Vana-Antsla_vallavalitsus, lk 65
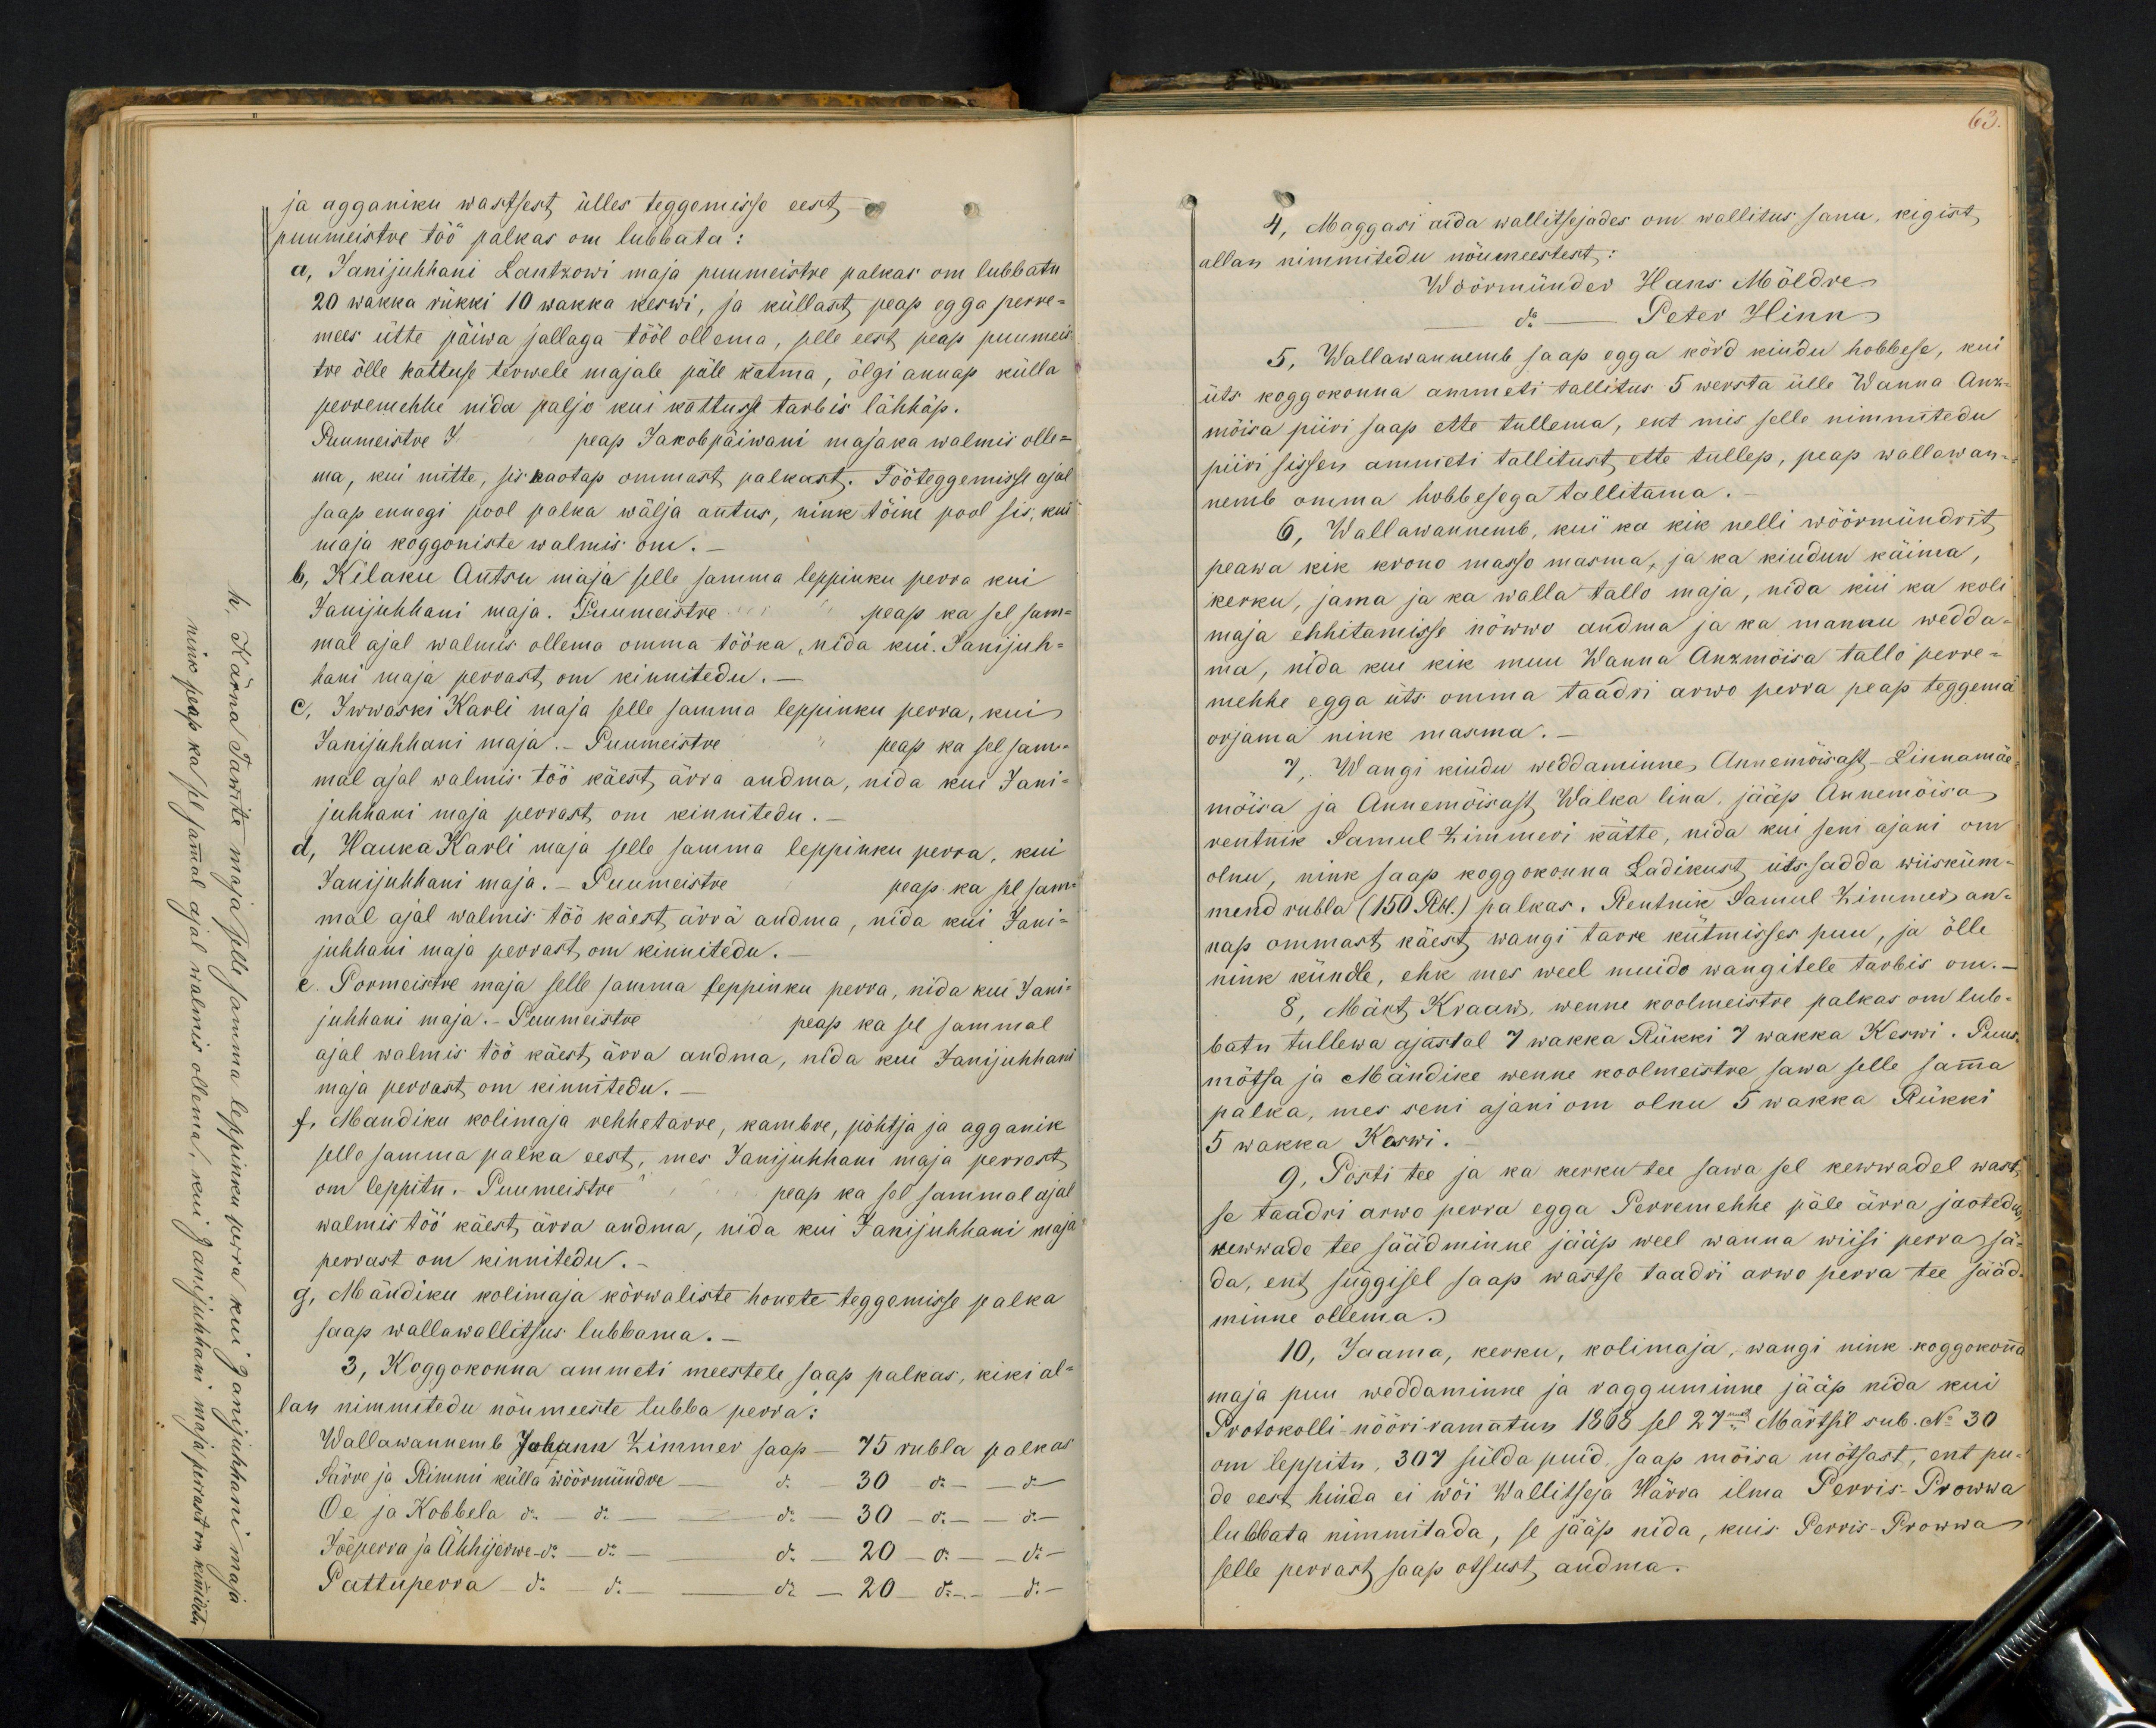
63

ja agganiku wastsest ülles teggemisse eest
puumeistre töö palkas om lubbata:
a, Janijuhhani Lantzowi maja puumeistre palkas om lubbatu
20 wakka rükki 10 wakka keswi, ja küllast, peap egga perre-
mees ütte päiwa jallaga tööl ollema, selle eest peap puumeis-
tre õlle kattuse terwele majale päle katma, õlgi annap külla
perremehhe nida paljo kui kattusse tarbis lähhäp.
Puumeistre J. peap Jakobpäiwani majaka walmis olle-
ma, kui mitte, sis kaotap ommast palkast. Tööteggemisse ajal
saap ennegi pool palka wälja antus, nink töine pool sis, kui
maja koggoniste walmis om.
b, Kilaku Antsu maja selle samma leppinku perra kui
Janijuhhani maja. Puumeistre peap ka sel sam-
mal ajal walmis ollema omma tööka, nida kui. Janijuh-
hani maja perrast om kinnitedu. -
C. Iwwaski Karli maja selle samma leppinku perra, kui
Janijuhhani maja. - Puumeistre peap ka sel sam-
mal ajal walmis töö käest, ärra andma, nida kui Jani-
juhhani maja perrast om kinnitedu.
d, Hauka Karli maja selle samma leppinku perra, kui
Janijuhhani maja.- Puumeistre peap ka sel sam-
mal ajal walmis töö käest ärra andma, nida kui Jani-
juhhani maja perrast, om kinnitedu.
e. Pormoistre maja selle samma leppinku perra, nida kui Jani-
juhhani maja. Puumeistre
peap ka sel sammal
ajal walmis töö käest ärra andma, nida kui Janijuhhani
maja perrast om kinnitedu.
f. Mandiku kolimaja rehhetarre, kambre, pöhtja ja agganik
selle samma palka eest, mes Janijuhhani maja perrast
om leppitu. Puumeistri peap ka sel sammal ajal
walmis töö käest, ärra andma, nida kui Janijuhhani maja
perrast om kinnitedu.
g, Mändiku kolimaja körwaliste honete teggemisse palka
saap wallawallitsus lubbama. -
3, Koggokonna ammeti meestele saap palkas, kiki al-
lan nimmitedu nõumeeste lubba perra:
Wallawannemb Johann Zimmer saap - 75 rubla palkas
Särre ja Rimmi külla wöörmündre - do 30 - do - do-
Oe ja Kobbela do - do - do - 30 do - do-
Jõeperra ja Ahhijerwe - do - - - do - 20 - do - do-
Pattuperra- do - do  - do - 20 do - do-

4, Maggasi aida wallitsejades on wallitus sanu, kigist
allan nimmitedu nöumeestest:
Wöörmünder Hans Möldre
do. Peter Hinn
5, Wallawannemb saap egga körd kindu hobbese, kui
üts koggokonna ammeti tallitus 5 wersta ülle Wanna Ann-
möisa piiri saap ette tullema, ent mis selle nimmitedu
piiri sissen ammeti tallitust ette tullep, peap wallawan-
nemb omma hobbesega tallitama.
6, Wallawannemb, kui ka kik nelli wöörmündrit,
peawa kik krono masso masma, ja ka kiudun käima,
kerku, jama ja ka walla tallo maja, nida kui ka koli
maja ehhitamisse nöwwo andma ja ka mann wedda-
ma, nida kui kik muu Wanna Anzmöisa tallo perre-
mehhe egga üts omma taadri arwo perra peap teggema
orjama nink masma.
7, Wangi kiudu weddaminne, Annemõisast, Linnamäe
möisa ja Annemöisast Walka lina, jääp Annemöisa
rentnik Samul Zimmeri kätte, nida kui seni ajani om
olnu, nink saap koggokonna Ladikust üts sadda wiisküm-
mend rubla (150 Rbl.) palkas. Rentnik Samul Zimmer, an-
nap ommast käest wangi tarre kütmisses puu, ja õlle
nink kündle, ehk mes weel muido wangitele tarbis om.
8, Märt Kraaw, wenne koolmeistre palkas om lub-
batu tullewa ajastal 7 Wakka Rükki 7 wakka Keswi. Puus
mõtsa ja Mändike wenne koolmeistre sawa selle sama
palka, mes seni ajani om olnu 5 wakka Rükki
5 wakka Kaswi.
9, Posti tee ja ka kerku tee sawa sel kewwadel wast-
se taadri arwo perra egga Perremehhe päle ärra jaotedus
kewwade tee säädminne jääp weel wanna wiisi perras jä-
da, ent süggisel saap wastse taadri arwo perra tee sääd
minne ollema.
10, Jaama, kerku, kolimaja, wangi nink koggokona
maja puu weddamine ja vagguminne jääp nida kui
Protokolli nööri-ramatus 1868 sel 27mal Märtsil sub. No 30
om leppitu, 307 sülda puid, saap mõisa mötsast, ent pu-
de eest hinda ei wöi Wallitseja Härra ilma Perris-Prowwa
lubbata nimmitada, se jääp nida, kuis Perris-Prowwa
selle perrast saap otsust andma.